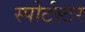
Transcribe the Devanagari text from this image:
स्पोर्टस्टर